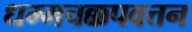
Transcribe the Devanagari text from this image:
धम्मचक्कपवत्तन